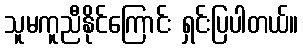
သူမကူညီနိုင်ကြောင်း ရှင်းပြပါတယ်။